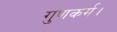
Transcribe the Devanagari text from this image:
गुणकर्म।